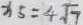
x _ { 5 } = 4 \sqrt { 7 }